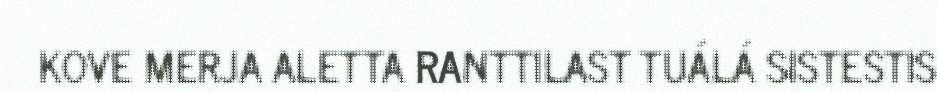
KOVE MERJA ALETTA RANTTILAST TUÁLÁ SISTESTIS